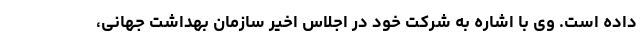
داده است. وی با اشاره به شرکت خود در اجلاس اخیر سازمان بهداشت جهانی،